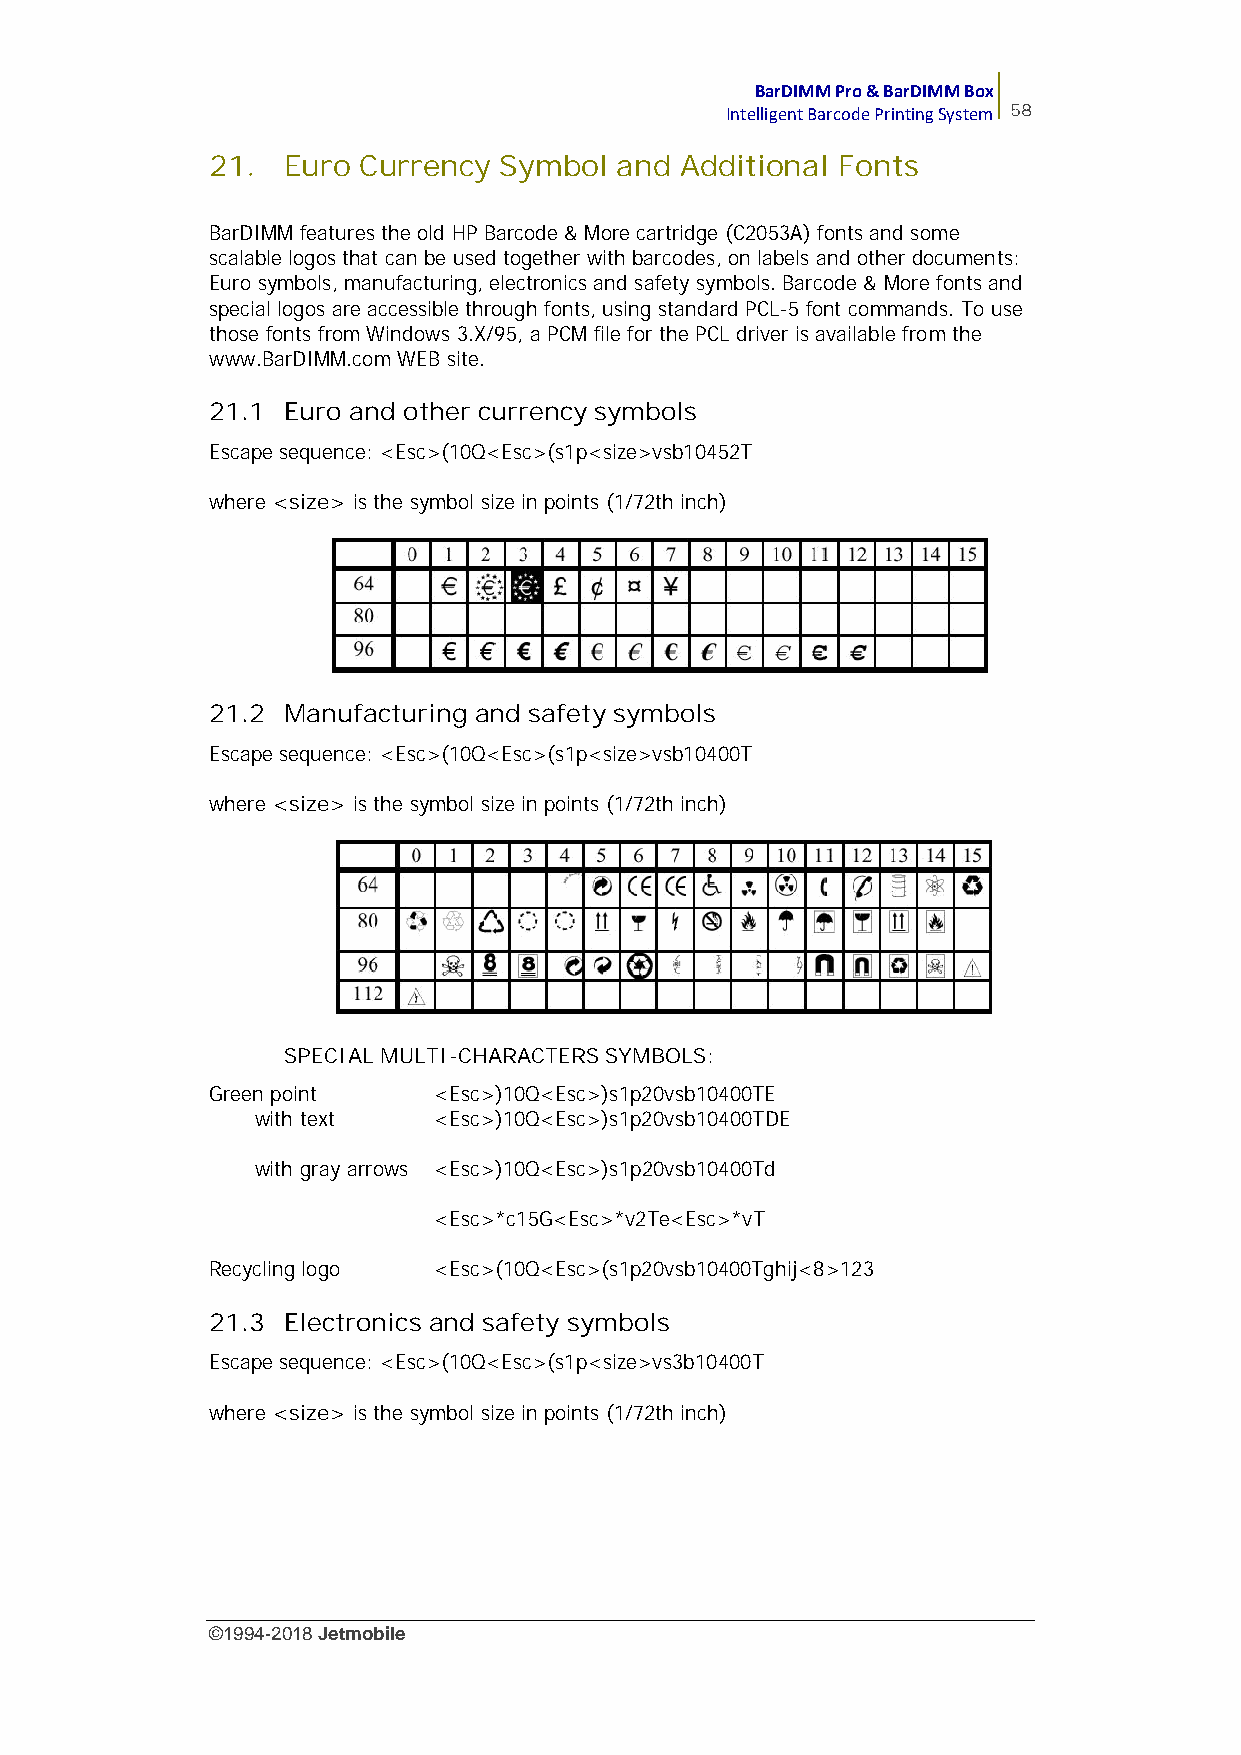
BarDIMM Pro & BarDIMM Box
 Intelligent Barcode Printing System 58
 21.  Euro Currency Symbol  and Additional Fonts
 BarDIMM features the old HP Barcode & More cartridge (C2053A) fonts and some
 scalable logos that can be used together with barcodes, on labels and other documents:
 Euro symbols, manufacturing, electronics and safety symbols. Barcode & More fonts and
 special logos are accessible through fonts, using standard PCL-5 font commands. To use
 those fonts from Windows 3.X/95, a PCM file for the PCL driver is available from the
 www.BarDIMM.com WEB site.
 21.1 Euro and other currency symbols
 Escape sequence: <Esc>(10Q<Esc>(s1p<size>vsb10452T
 where <size> is the symbol size in points (1/72th inch)
 21.2 Manufacturing and safety symbols
 Escape sequence: <Esc>(10Q<Esc>(s1p<size>vsb10400T
 where <size> is the symbol size in points (1/72th inch)
 SPECIAL MULTI-CHARACTERS SYMBOLS:
 Green point    <Esc>)10Q<Esc>)s1p20vsb10400TE
 with text   <Esc>)10Q<Esc>)s1p20vsb10400TDE
 with gray arrows <Esc>)10Q<Esc>)s1p20vsb10400Td
 <Esc>*c15G<Esc>*v2Te<Esc>*vT
 Recycling logo <Esc>(10Q<Esc>(s1p20vsb10400Tghij<8>123
 21.3 Electronics and safety symbols
 Escape sequence: <Esc>(10Q<Esc>(s1p<size>vs3b10400T
 where <size> is the symbol size in points (1/72th inch)
 ©1994-2018Jetmobile
 E
 r
 r
 o